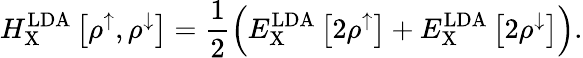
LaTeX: H_{\mathrm{X}}^{\mathrm{LDA}}\left[\rho^{\uparrow},\rho^{\downarrow}\right]=\frac{1}{2}\left(E_{\mathrm{X}}^{\mathrm{LDA}}\left[2\rho^{\uparrow}\right]+E_{\mathrm{X}}^{\mathrm{LDA}}\left[2\rho^{\downarrow}\right]\right).